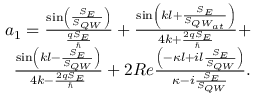
\begin{array} { r } { a _ { 1 } = \frac { \sin \left( \frac { S _ { E } } { S _ { { Q W } } } \right) } { \frac { q S _ { E } } { \hbar } } + \frac { \sin \left( k l + \frac { S _ { E } } { S _ { { Q W } _ { a t } } } \right) } { 4 k + \frac { 2 q S _ { E } } { \hbar } } + } \\ { \frac { \sin \left( k l - \frac { S _ { E } } { S _ { { Q W } } } \right) } { 4 k - \frac { 2 q S _ { E } } { \hbar } } + 2 R e \frac { \left( - \kappa l + i l \frac { S _ { E } } { S _ { { Q W } } } \right) } { \kappa - i \frac { S _ { E } } { S _ { { Q W } } } } . } \end{array}